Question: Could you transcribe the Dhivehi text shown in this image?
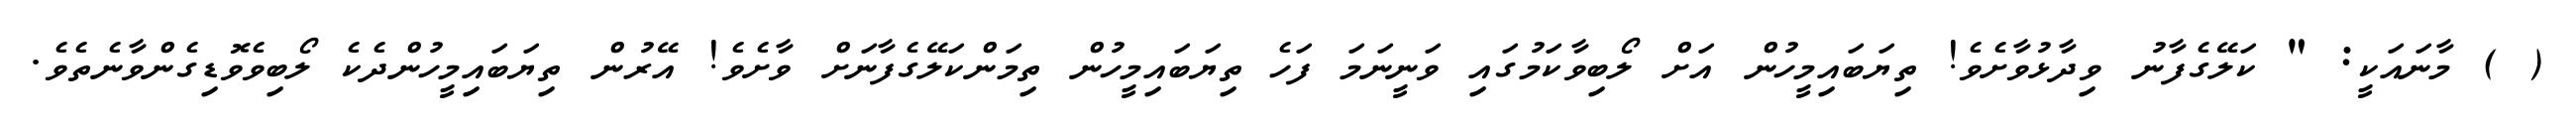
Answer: ( ) މާނައަކީ: " ކަލޭގެފާނު ވިދާޅުވާށެވެ! ތިޔަބައިމީހުން އަށް ލޯބިވާކަމުގައި ވަނީނަމަ ފަހެ ތިޔަބައިމީހުން ތިމަންކަލޭގެފާނަށް ވާށެވެ! އޭރުން ތިޔަބައިމީހުންދެކެ ލޯބިވެވޮޑިގެންވާނެތެވެ.